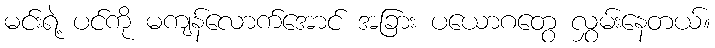
မင်းရဲ့ ပင်ကို မကျန်လောက်အောင် အခြား ပယောဂတွေ လွှမ်းနေတယ်။